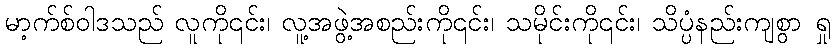
မာ့က်စ်ဝါဒသည် လူကို၎င်း၊ လူ့အဖွဲ့အစည်းကို၎င်း၊ သမိုင်းကို၎င်း၊ သိပ္ပံနည်းကျစွာ ရှု